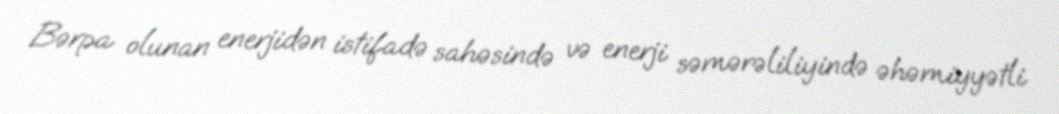
Bərpa olunan enerjidən istifadə sahəsində və enerji səmərəliliyində əhəmiyyətli